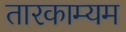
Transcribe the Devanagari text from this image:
तारकाम्यम